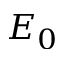
E _ { 0 }